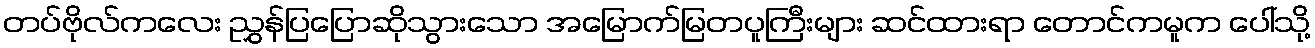
တပ်ဗိုလ်ကလေး ညွှန်ပြပြောဆိုသွားသော အမြောက်မြတပူကြီးများ ဆင်ထားရာ တောင်ကမူက ပေါ်သို့